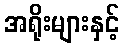
အရိုးများနှင့်